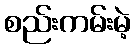
စည်းကမ်းမဲ့